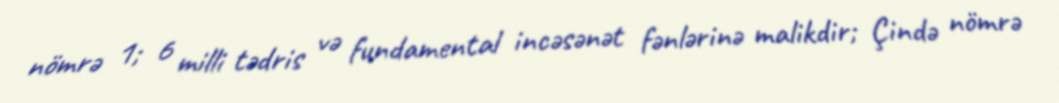
nömrə 1; 6 milli tədris və fundamental incəsənət fənlərinə malikdir; Çində nömrə